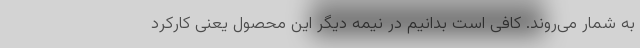
به شمار می‌روند. کافی است بدانیم در نیمه دیگر این محصول یعنی کارکرد